Annual administration report of the Bombay Presidency - 1887-1892
Year: 1887
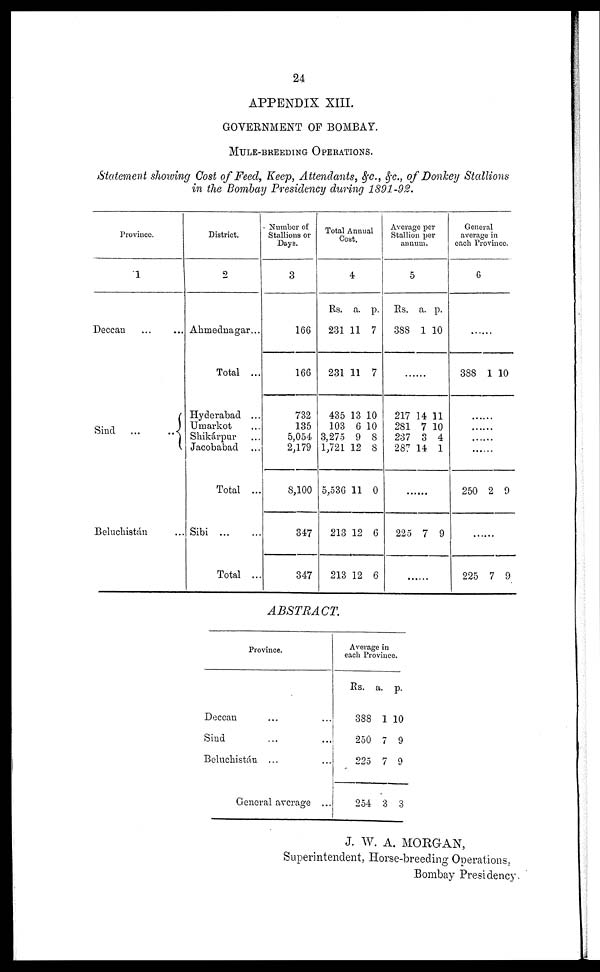
24
APPENDIX XIII.
GOVERNMENT OF BOMBAY.
MULE-BREEDING OPERATIONS.
Statement showing Cost of Feed, Keep, Attendants, &c., &c., of Donkey Stallions
in the Bombay Presidency during 1891-92.
Province.
1
Deccan ... ...
Sind ... ...
Beluchistán ...
District.
2
Ahmednagar ...
Total ...
Hyderabad ...
Umarkot ...
Shikárpur ...
Jacobabad ...
Total ...
Sibi ... ...
Total ...
Number of
Stallions or
Days.
3
166
166
732
135
5,054
2,179
8,100
347
347
Total Annual
Cost.
4
Rs.
231
231
435
103
3,275
1,721
5,536
213
213
a.
11
11
13
6
9
12
11
12
12
p.
7
7
10
10
8
8
0
6
6
Averag per
Stallion per
annum.
5
Rs.
388
a.
1
p.
10
.......
217
281
237
287
14
7
3
14
11
10
4
1
......
225 7 9
......
General
average in
each Province.
6
......
388 1 10
......
......
......
.......
250 2 9
225 7 9
ABSTRACT.
Province.
Deccan ... ...
Sind ... ...
Beluchistán ... ...
General average ...
Average
each Province.
Rs.
388
250
225
254
a.
1
7
7
3
p.
10
9
9
3
J. W. A. MORGAN,
Superintendent, Horse-breeding Operations,
Bombay Presidency.